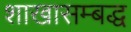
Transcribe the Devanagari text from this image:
शाखासम्बद्ध